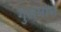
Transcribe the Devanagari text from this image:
गुलमास